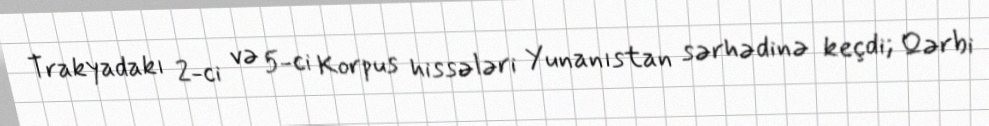
Trakyadakı 2-ci və 5-ci Korpus hissələri Yunanıstan sərhədinə keçdi; Qərbi